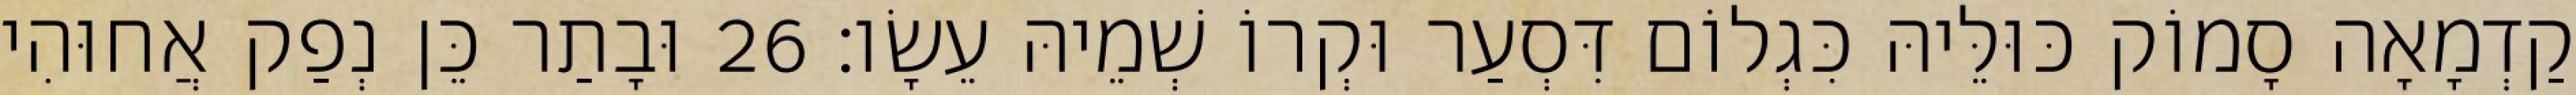
קַדְמָאָה סָמוֹק כּוּלֵּיהּ כִּגְלוֹם דִּסְעַר וּקְרוֹ שְׁמֵיהּ עֵשָׂו׃ 26 וּבָתַר כֵּן נְפַק אֲחוּהִי